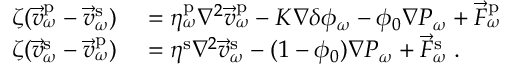
\begin{array} { r l } { \zeta ( \vec { v } _ { \omega } ^ { \mathrm { p } } - \vec { v } _ { \omega } ^ { \mathrm { s } } ) } & { { } = \eta _ { \omega } ^ { \mathrm { p } } \nabla ^ { 2 } \vec { v } _ { \omega } ^ { \mathrm { p } } - K \nabla \delta \phi _ { \omega } - \phi _ { 0 } \nabla P _ { \omega } + \vec { F } _ { \omega } ^ { \mathrm { p } } } \\ { \zeta ( \vec { v } _ { \omega } ^ { \mathrm { s } } - \vec { v } _ { \omega } ^ { \mathrm { p } } ) } & { { } = \eta ^ { \mathrm { s } } \nabla ^ { 2 } \vec { v } _ { \omega } ^ { \mathrm { s } } - ( 1 - \phi _ { 0 } ) \nabla P _ { \omega } + \vec { F } _ { \omega } ^ { \mathrm { s } } \; . } \end{array}